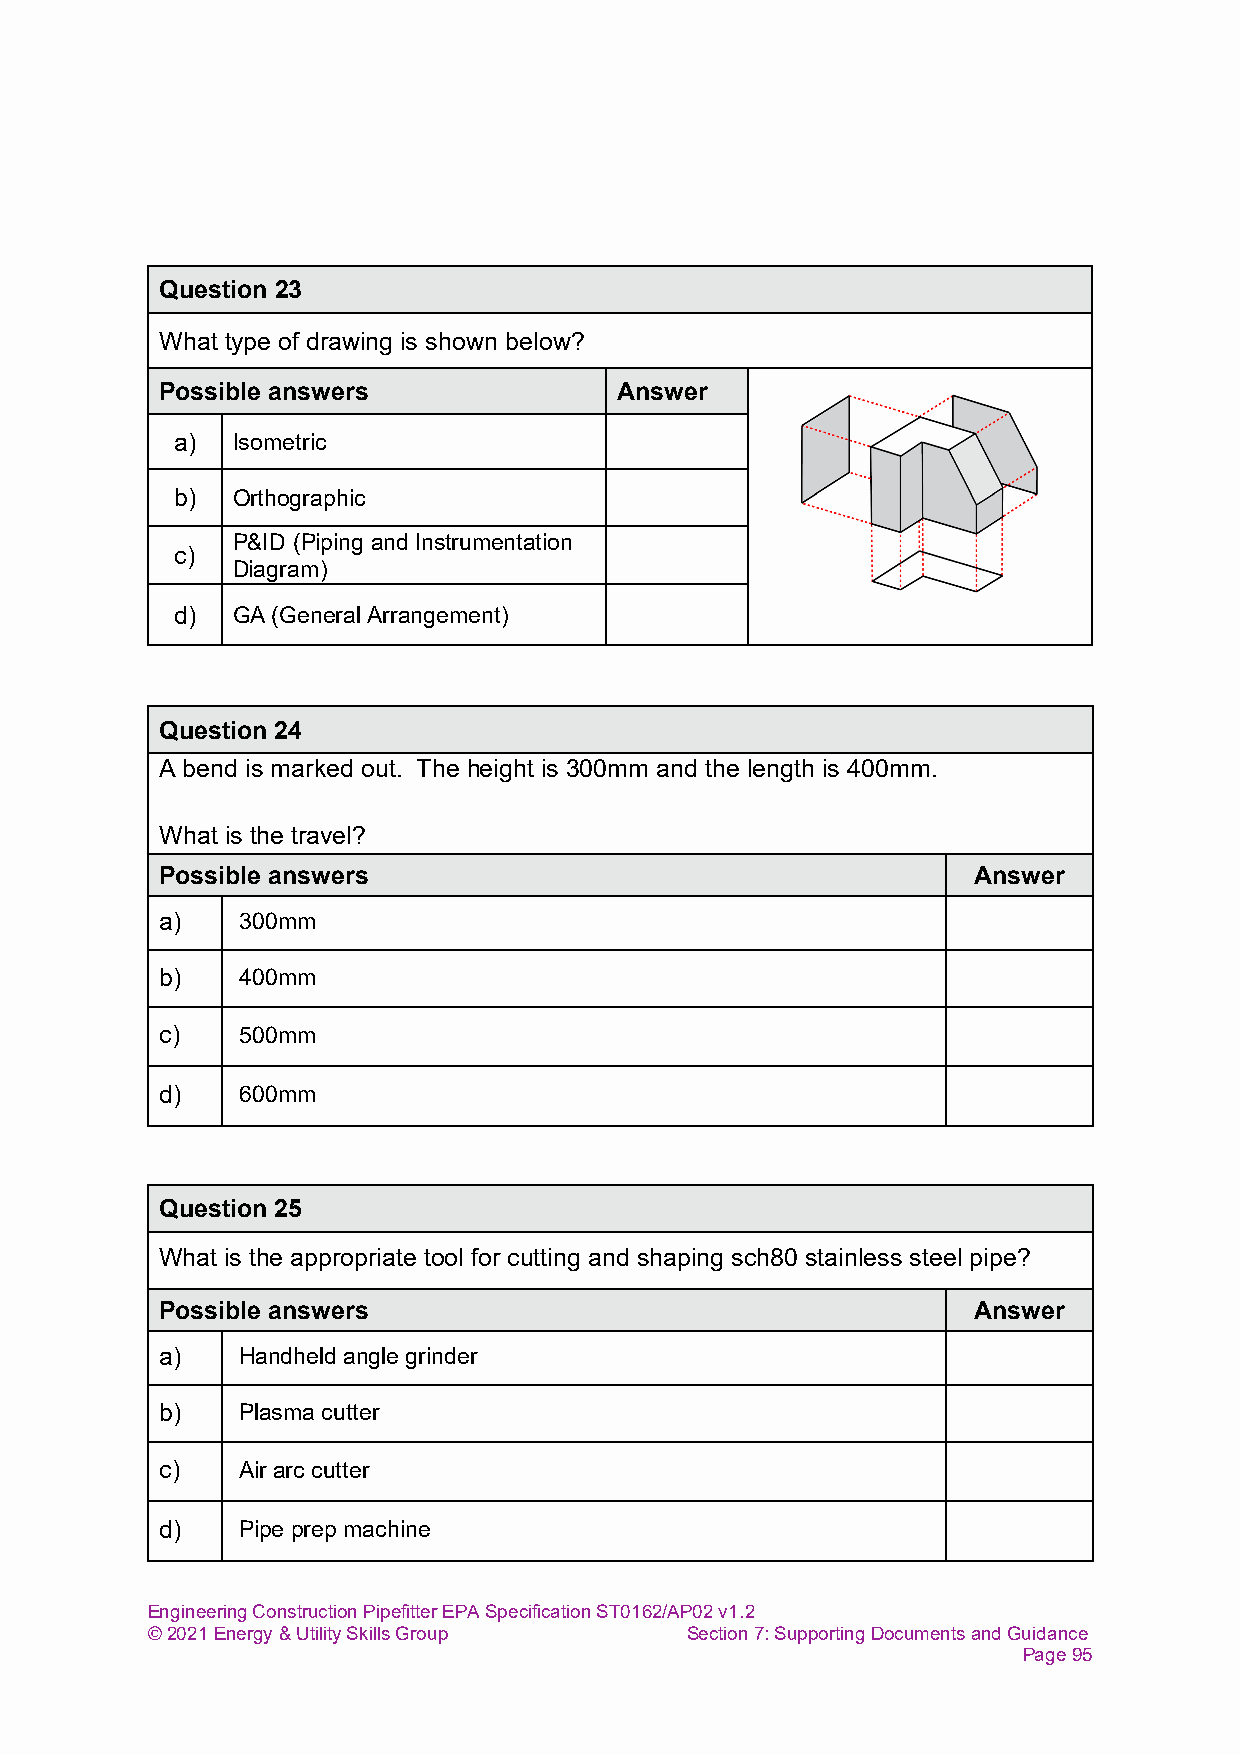
Question 23
 What type of drawing is shown below?
 Possible answers              Answer
 a)  Isometric
 b)  Orthographic
 P&ID (Piping and Instrumentation
 c)
 Diagram)
 d)  GA (General Arrangement)
 Question 24
 A bend is marked out. The height is 300mm and the length is 400mm.
 What is the travel?
 Possible answers                                     Answer
 a)   300mm
 b)   400mm
 c)   500mm
 d)   600mm
 Question 25
 What is the appropriate tool for cutting and shaping sch80 stainless steel pipe?
 Possible answers                                     Answer
 a)   Handheld angle grinder
 b)   Plasma cutter
 c)   Air arc cutter
 d)   Pipe prep machine
 Engineering Construction Pipefitter EPA Specification ST0162/AP02 v1.2
 © 2021 Energy & Utility Skills Group Section 7: Supporting Documents and Guidance
 Page 95